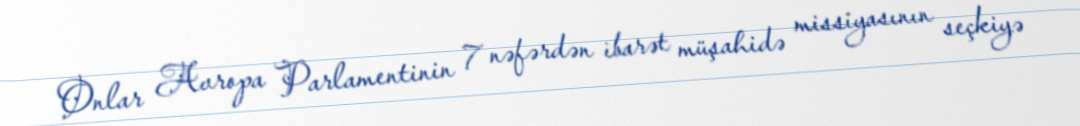
Onlar Avropa Parlamentinin 7 nəfərdən ibarət müşahidə missiyasının seçkiyə